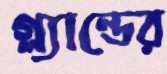
গ্ল্যান্ডের